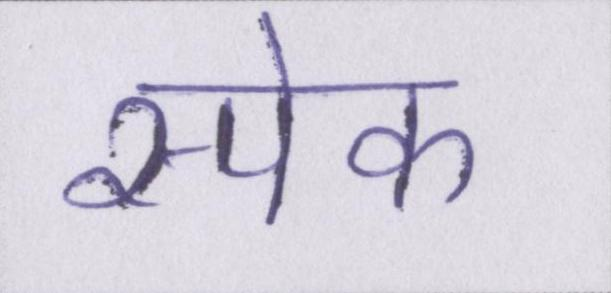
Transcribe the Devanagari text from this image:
स्पेक